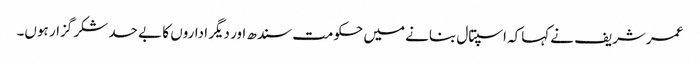
عمرشریف نے کہاکہ اسپتال بنانے میں حکومت سندھ اور دیگر اداروں کا بے حد شکر گزار ہوں۔